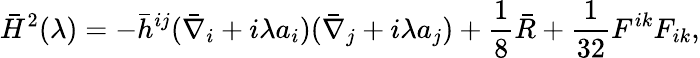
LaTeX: \bar{H}^{2}(\lambda)=-\bar{h}^{ij}(\bar{\nabla}_{i}+i\lambda a_{i})(\bar{\nabla}_{j}+i\lambda a_{j})+\frac 18\bar{R}+{\frac{1}{32}}F^{ik}F_{ik},